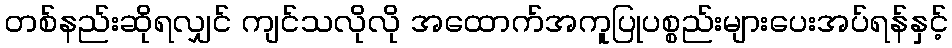
တစ်နည်းဆိုရလျှင် ကျင်သလိုလို အထောက်အကူပြုပစ္စည်းများပေးအပ်ရန်နှင့်